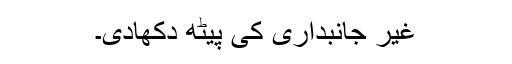
غیر جانبداری کی پیٹھ دکھادی۔